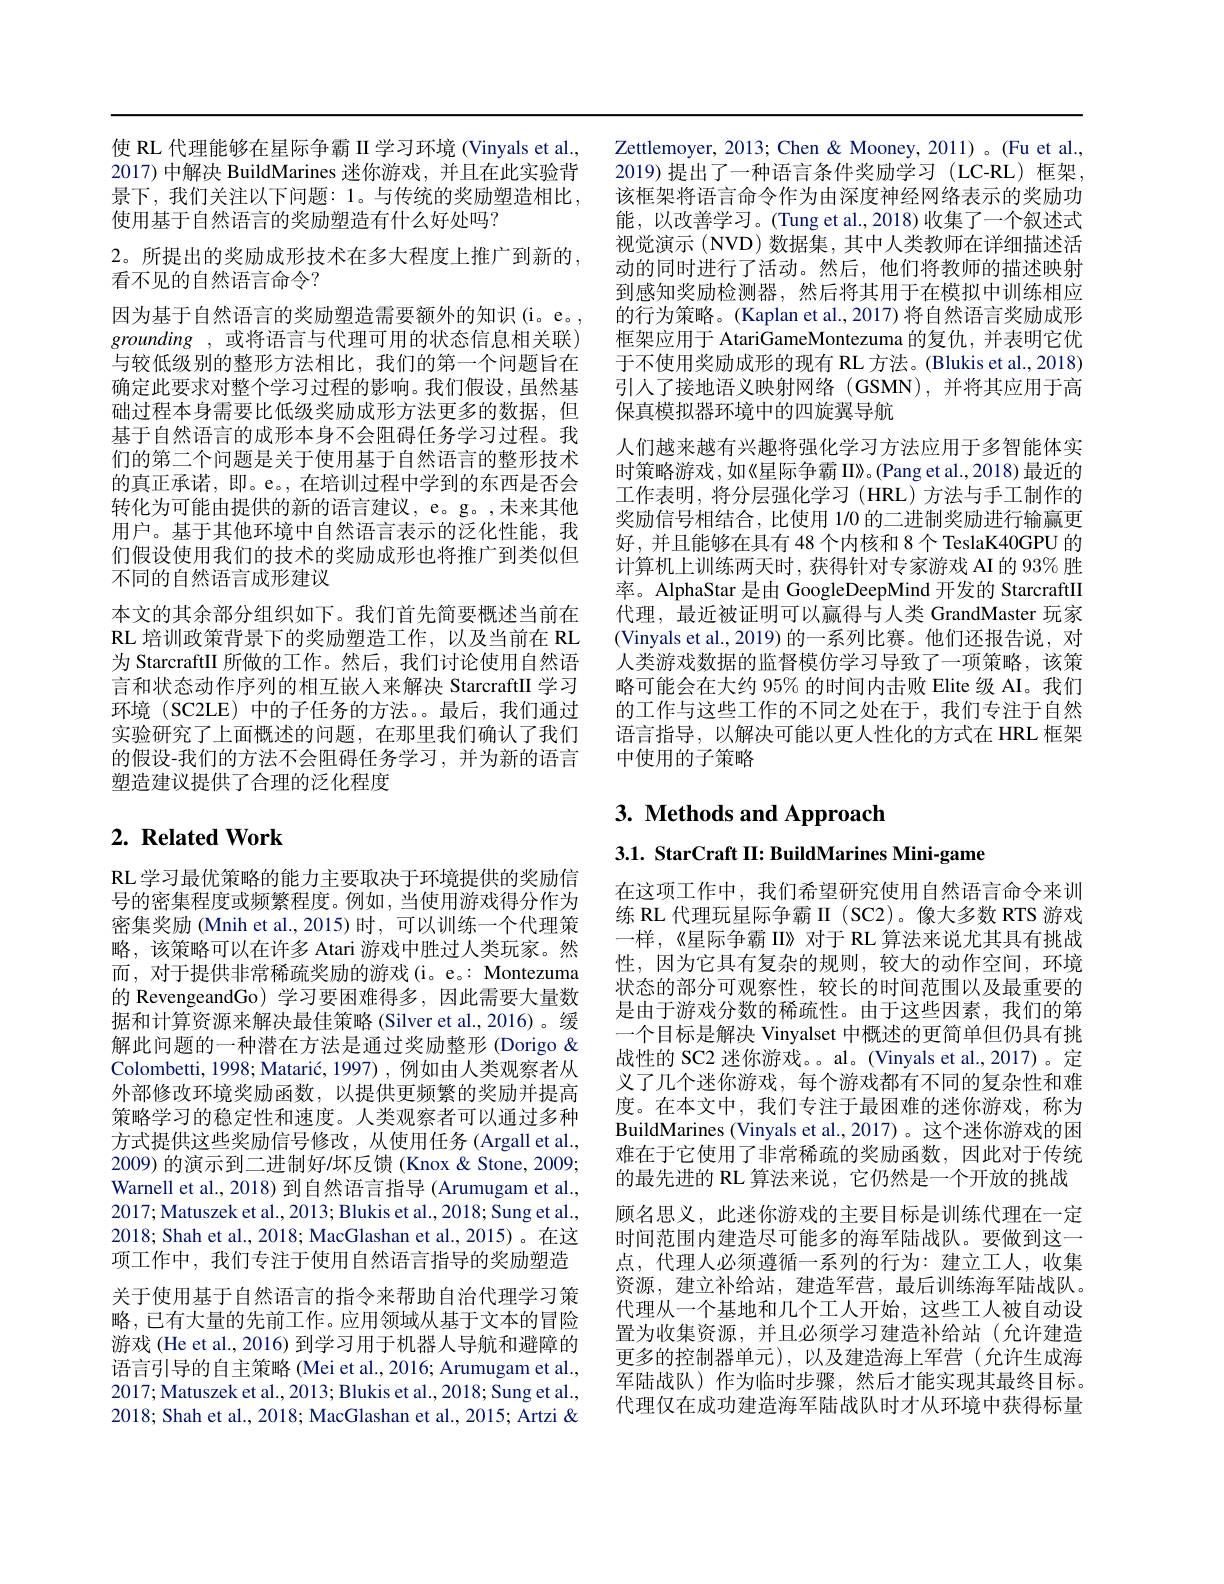
使 RL 代理能够在星际争霸 II 学习环境 (Vinyals et al.,
2017) 中解决 BuildMarines 迷你游戏，并且在此实验背 2019)提出了一种语言条件奖励学习 (LC-RL) 框架， 景下，我们关注以下问题：1。与传统的奖励塑造相比，该框架将语言命令作为由深度神经网络表示的奖励功使用基于自然语言的奖励塑造有什么好处吗？

2。所提出的奖励成形技术在多大程度上推广到新的，
看不见的自然语言命令？

因为基于自然语言的奖励塑造需要额外的知识(i。e。, grounding ,或将语言与代理可用的状态信息相关联) 与较低级别的整形方法相比，我们的第一个问题旨在确定此要求对整个学习过程的影响。我们假设，虽然基础过程本身需要比低级奖励成形方法更多的数据，但基于自然语言的成形本身不会阻碍任务学习过程。我们的第二个问题是关于使用基于自然语言的整形技术的真正承诺，即。e。, 在培训过程中学到的东西是否会转化为可能由提供的新的语言建议，e。g。,未来其他用户。基于其他环境中自然语言表示的泛化性能，我们假设使用我们的技术的奖励成形也将推广到类似但不同的自然语言成形建议
本文的其余部分组织如下。我们首先简要概述当前在RL 培训政策背景下的奖励塑造工作，以及当前在 RL 为 StarcraftII 所做的工作。然后，我们讨论使用自然语言和状态动作序列的相互嵌人来解决 StarcraftII 学习环境 (SC2LE) 中的子任务的方法。最后，我们通过实验研究了上面概述的问题，在那里我们确认了我们的假设-我们的方法不会阻碍任务学习，并为新的语言塑造建议提供了合理的泛化程度

# $2. \textbf{ Related Work}$

RL 学习最优策略的能力主要取决于环境提供的奖励信号的密集程度或频繁程度。例如，当使用游戏得分作为密集奖励 (Mnih et al.,2015)时，可以训练一个代理策略，该策略可以在许多 Atari 游戏中胜过人类玩家。然而，对于提供非常稀疏奖励的游戏(i。e。: Montezuma 的 RevengeandGo) 学习要困难得多，因此需要大量数据和计算资源来解决最佳策略(Silver et al.,2016)。缓解此问题的一种潜在方法是通过奖励整形 (Dorigo & Colombetti, 1998; Matarić, 1997), 例如由人类观察者从外部修改环境奖励函数，以提供更频繁的奖励并提高策略学习的稳定性和速度。人类观察者可以通过多种方式提供这些奖励信号修改，从使用任务(Argall et al. 2009) 的演示到二进制好/坏反馈 (Knox & Stone, 2009; Warnell et al., 2018) 到自然语言指导 (Arumugam et al., 2017; Matuszek et al., 2013; Blukis et al., 2018; Sung et al., 2018; Shah et al., 2018; MacGlashan et al., 2015)。在这项工作中，我们专注于使用自然语言指导的奖励塑造关于使用基于自然语言的指令来帮助自治代理学习策略，已有大量的先前工作。应用领域从基于文本的冒险游戏 (He et al., 2016) 到学习用于机器人导航和避障的语言引导的自主策略 (Mei et al., 2016; Arumugam et al., 2017;Matuszek et al., 2013; Blukis et al., 2018; Sung et al., 2018; Shah et al., 2018; MacGlashan et al., 2015; Artzi &

Zettlemoyer, 2013; Chen & Mooney, 2011) 。(Fu et al., 能，以改善学习。(Tung et al., 2018) 收集了一个叙述式视觉演示 (NVD) 数据集，其中人类教师在详细描述活动的同时进行了活动。然后，他们将教师的描述映射到感知奖励检测器，然后将其用于在模拟中训练相应的行为策略。(Kaplan et al., 2017) 将自然语言奖励成形框架应用于 AtariGameMontezuma 的复仇，并表明它优于不使用奖励成形的现有 RL 方法。(Blukis et al., 2018) 引人了接地语义映射网络 (GSMN),并将其应用于高保真模拟器环境中的四旋翼导航
人们越来越有兴趣将强化学习方法应用于多智能体实时策略游戏，如《星际争霸 II》。(Pang et al., 2018) 最近的工作表明，将分层强化学习(HRL)方法与手工制作的奖励信号相结合，比使用 1/0 的二进制奖励进行输赢更好，并且能够在具有 48 个内核和 8 个 TeslaK40GPU 的计算机上训练两天时，获得针对专家游戏 AI 的 93% 胜率。AlphaStar 是由 GoogleDeepMind 开发的 StarcraftII 代理，最近被证明可以赢得与人类 GrandMaster 玩家(Vinyals et al., 2019) 的一系列比赛。他们还报告说，对人类游戏数据的监督模仿学习导致了一项策略，该策略可能会在大约 95% 的时间内击败 Elite 级 AI。我们的工作与这些工作的不同之处在于，我们专注于自然语言指导，以解决可能以更人性化的方式在 HRL 框架中使用的子策略

# $3. \textbf{ Methods and Approach}$

3.1. StarCraft II: BuildMarines Mini-game

在这项工作中，我们希望研究使用自然语言命令来训练 RL 代理玩星际争霸 II (SC2)。像大多数 RTS 游戏一样，《星际争霸 II》对于 RL 算法来说尤其具有挑战性，因为它具有复杂的规则，较大的动作空间，环境状态的部分可观察性，较长的时间范围以及最重要的是由于游戏分数的稀疏性。由于这些因素，我们的第一个目标是解决 Vinyalset 中概述的更简单但仍具有挑战性的 SC2 迷你游戏。。al。(Vinyals et al.,2017)。定义了几个迷你游戏，每个游戏都有不同的复杂性和难度。在本文中，我们专注于最困难的迷你游戏，称为BuildMarines (Vinyals et al., 2017)。这个迷你游戏的困难在于它使用了非常稀疏的奖励函数，因此对于传统的最先进的 RL 算法来说，它仍然是一个开放的挑战顾名思义，此迷你游戏的主要目标是训练代理在一定时间范围内建造尽可能多的海军陆战队。要做到这一点，代理人必须遵循一系列的行为：建立工人，收集资源，建立补给站，建造军营，最后训练海军陆战队。代理从一个基地和几个工人开始，这些工人被自动设置为收集资源，并且必须学习建造补给站(允许建造更多的控制器单元),以及建造海上军营(允许生成海军陆战队)作为临时步骤，然后才能实现其最终目标。代理仅在成功建造海军陆战队时才从环境中获得标量